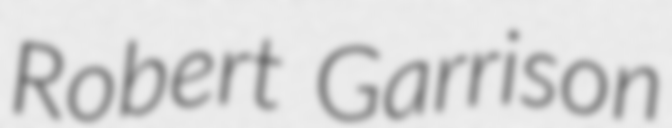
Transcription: Robert Garrison